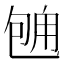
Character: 𱐻